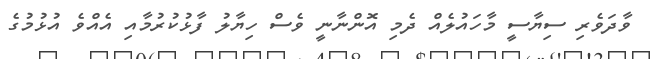
ވާދަވެރި ސިޔާސީ މާހައުލެއް ދެމި އޮންނާނީ ވެސް ހިޔާލު ފާޅުކުރުމާއި އެއްވެ އުޅުމުގެ